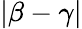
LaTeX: \vert\beta-\gamma\vert